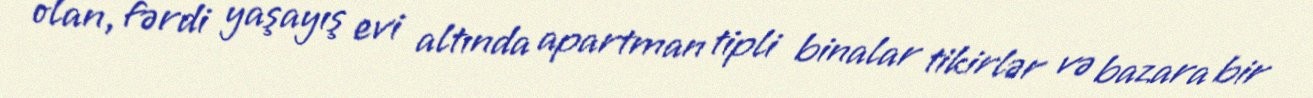
olan, fərdi yaşayış evi altında apartman tipli binalar tikirlər və bazara bir